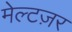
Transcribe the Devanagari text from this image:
मेल्टज़र